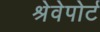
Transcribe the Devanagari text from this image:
श्रेवेपोर्ट